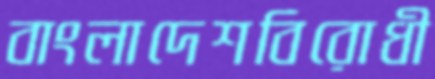
বাংলাদেশবিরোধী